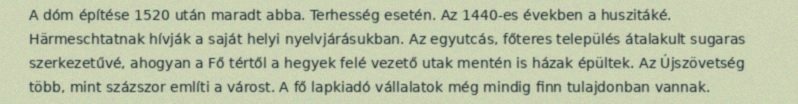
A dóm építése 1520 után maradt abba. Terhesség esetén. Az 1440-es években a huszitáké. Härmeschtatnak hívják a saját helyi nyelvjárásukban. Az egyutcás, főteres település átalakult sugaras szerkezetűvé, ahogyan a Fő tértől a hegyek felé vezető utak mentén is házak épültek. Az Újszövetség több, mint százszor említi a várost. A fő lapkiadó vállalatok még mindig finn tulajdonban vannak.